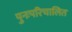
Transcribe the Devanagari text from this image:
पुनःपरिचालित